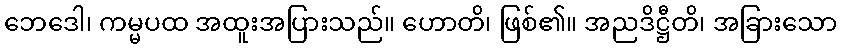
ဘေဒေါ၊ ကမ္မပထ အထူးအပြားသည်။ ဟောတိ၊ ဖြစ်၏။ အညဒိဋ္ဌီတိ၊ အခြားသော